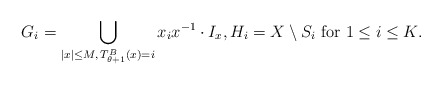
\begin{align*} G_i = \bigcup_{|x| \leq M, \, T^B_{\theta+1}(x) = i} x_i x^{-1} \cdot I_x, H_i = X \setminus S_i \textrm{ for } 1 \leq i \leq K.\end{align*}